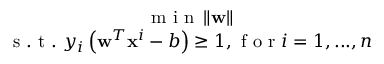
\begin{array} { c } { \mathrm { ~ m ~ i ~ n ~ } \left\| \bf { w } \right\| } \\ { \mathrm { ~ s ~ . ~ t ~ . ~ } y _ { i } \left( \mathbf { w } ^ { T } \mathbf { x } ^ { i } - b \right) \geq 1 , \mathrm { ~ f ~ o ~ r ~ } i = 1 , . . . , n } \end{array}